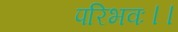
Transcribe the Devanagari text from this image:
परिभवः।।